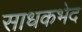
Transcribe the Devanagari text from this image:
साधकभेद